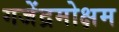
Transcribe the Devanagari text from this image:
गजेंद्रमोक्षम